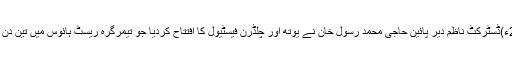
15 نومبر2016ء)ڈسٹرکٹ ناظم دیر پائین حاجی محمد رسول خان نے یوتھ اور چلڈرن فیسٹیول کا افتتاح کردیا جو تیمرگرہ ریسٹ ہائوس میں تین دن جاری رہے گا. ۔